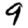
Digit: 9